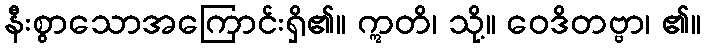
နီးစွာသောအကြောင်းရှိ၏။ ဣတိ၊ သို့။ ဝေဒိတဗ္ဗာ၊ ၏။